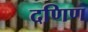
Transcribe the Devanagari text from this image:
दणिण